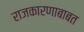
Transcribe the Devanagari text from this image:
राजकारणाबाबत